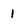
Character: 1